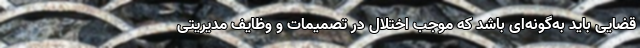
قضایی باید به‌گونه‌ای باشد که موجب اختلال در تصمیمات و وظایف مدیریتی